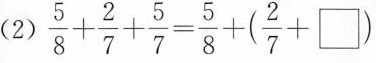
（2）$$\frac{5}{8} + \frac{2}{7} + \frac{5}{7} =